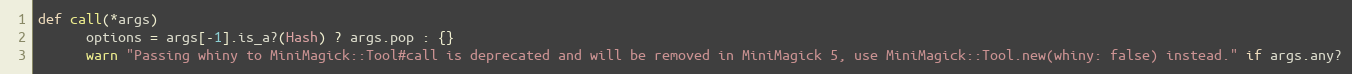
Language: Ruby
def call(*args)
      options = args[-1].is_a?(Hash) ? args.pop : {}
      warn "Passing whiny to MiniMagick::Tool#call is deprecated and will be removed in MiniMagick 5, use MiniMagick::Tool.new(whiny: false) instead." if args.any?